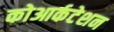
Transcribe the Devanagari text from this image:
कोआर्कटेशन